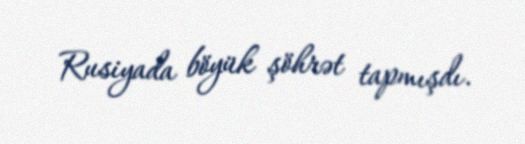
Rusiyada böyük şöhrət tapmışdı.